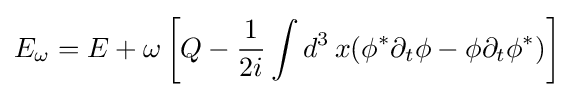
E_{\omega }=E+\omega \left[Q-{\frac {1}{2i}}\int d^{3}\,x(\phi ^{*}\partial _{t}\phi -\phi \partial _{t}\phi ^{*})\right]